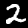
Digit: 2